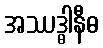
အဿဒ္ဓါနီဓ